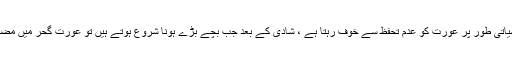
عورت تحفظ چاہتی ہے ، نفسیاتی طور پر عورت کو عدم تحفظ سے خوف رہتا ہے ، شادی کے بعد جب بچے بڑے ہونا شروع ہوتے ہیں تو عورت گحر میں مضبوط ہونا شروع ہو جاتی ہے۔